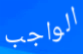
الواجب